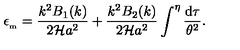
\epsilon _ { _ \mathrm { m } } = \frac { k ^ { 2 } B _ { 1 } ( k ) } { 2 { \cal H } a ^ { 2 } } + \frac { k ^ { 2 } B _ { 2 } ( k ) } { 2 { \cal H } a ^ { 2 } } \int ^ { \eta } \frac { \mathrm { d } \tau } { \theta ^ { 2 } } .